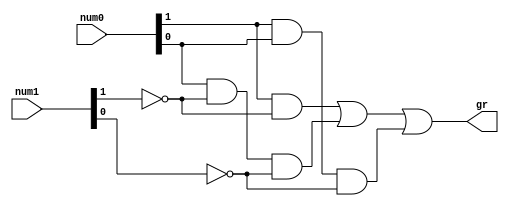
module gr
   (
    input wire[1:0] num0, num1,
    output wire gr
   );

   // signal declaration
   wire p0, p1, p2;

   // body - includes the logical expressions used and the final SOP form to achieve the desired result
   assign gr = p0 | p1 | p2;                             // gr = p0 + p1 + p2
                                                         //    = (A1.~B1) + (A0.~B1.~B0) + (A1.A0.~B0)
   assign p0 = ( num0[1] & ~num1[1] );                   // p0 = A1.~B1
   assign p1 = ( num0[0] & ~num1[1] & ~num1[0] );        // p1 = A0.~B1.~B0
   assign p2 = ( num0[1] & num0[0] & ~num1[0] );         // p2 = A1.A0.~B0

endmodule